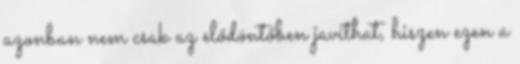
azonban nem csak az elődöntőben javíthat, hiszen ezen a